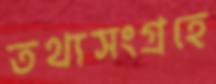
তথ্যসংগ্রহে